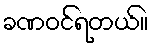
ခဏဝင်ရတယ်။